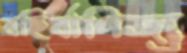
বহির্বাণিজ্য